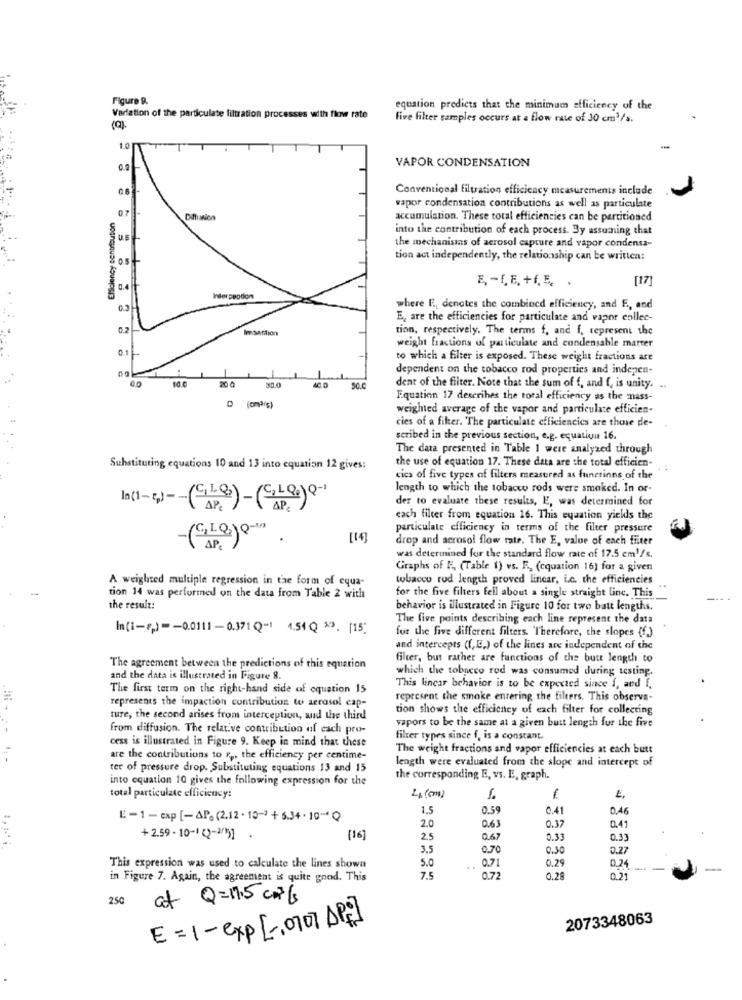
Figure R.
equation predicts that the minimum efficiency of the
Variation of the particulate filtration processes with flow rate
five filter samples occurs at a flow rate of 30 cm3/s.
(0).
1.0
-
VAPOR CONDENSATION
06
Conventional filtration efficiency measurements include
vapor condensation contributions as well as particulate
EMialency contribution
Diffunico
accumulation. These total efficiencies can be partitioned
into the contribution of each process. By assuming that
the mechanisins of aerosol capture and vapor condensa-
tion act independently, the relationship can be written:
E, - f, E, +f,Ę, .
[17]
0.3
where E, denotes the combined efficiency, and F ., and
E, are the efficiencies for particulate and vapor collec-
Imaatdion
tion, respectively. The terms f, and f. represent the
0.1
weight fractions of particulate and condensable marter
to which a filter is exposed. These weight fractions are
dependent on the tobacco rod properties and indepen-
20 0
50.0
dent of the filter. Note that the sum of f, and f, is unity. ..
Equation 17 describes the toral efficiency as the mass-
weighted average of the vapor and particulate efficien-
cies of a filter. The particulate efficiencies are those de-
scribed in the previous section, e.g. equation 16.
The data presented in Table 1 were analyzed through
the use of equation 17. These data are the total efficien-
Substituting equations 10 and 13 into equation 12 gives:
cics of five types of filters measured as functions of the
length to which the tobacco rods were smoked. In or-
In(1-5) -- (Le)
AP. ) -(CLQ) Q-1
der to evaluate these results, E, was determined for
cach filter from equation 16. This equation yields the
particulate efficiency in terms of the filter pressure
[14]
drop and aerosol flow rate. The E, value of each filter
was determined for the standard flow rate of 17.5 cm'/s.
Graphs of F. (Table 1) vs. R ., (cquation 16) for a given
A weighted multiple regression in the form of cqua-
tobacco rod length proved lincar, L.c. the efficiencies
tion 14 was performed on the data from Table 2 with
for the five filters fell about a single straight line. This
the result:
behavior is illustrated in Figure 10 for two batt lengths.
The five points describing each line represent the data
In(i-8,) -- 0.0111-0.371 Q~1 4.51 Q x3. [15;
for the five different filters. Therefore, the slopes (f)
and intercepts ((,E,) of the lines are independent of the
filter, but rather are functions of the butt length to
The agreement between the predictions of this equation
which the tobacco rod was consumed during testing.
and the data is illustrated in Figure 8.
The first term on the right-hand side of equation 15
This linear behavior is to be expected since 1, and f.
represents the impaction contribution to aerosol cap-
represent the smoke entering the filters. This observa-
tion shows the efficiency of each filter for collecting
ture, the second arises from interception, and the third
vapors to be the same at a given butt length for the five
from diffusion. The relative contribution of each pro-
filter types since f, is a constant.
cess is illustrated in Figure 9. Keep in mind that these
The weight fractions and vapor efficiencies at each butt
are the contributions to r ,, the efficiency per centime-
length were evaluated from the slope and intercept of
ter of pressure drop. Substituting equations 13 and 15
into equation 10 gives the following expression for the
the corresponding E, vs. E. graph.
total particulate efficiency:
LA (CM)
1
1.5
0.59
0.41
0,46
E-1-cxp[-AP.(2.12.10-+ 5.34 .10)
2.0
0.37
0.41
+ 2.59 - 10-1 (2-3751
[16]
2.5
0.67
0.33
0.33
3.5
0.70
0.30
0.27
5.0
0.29
This expression was used to calculate the lines shown
..
0.71
0.24
in Figure 7. Again, the agreement is quite good. This
7.5
0.72
0.25
0.21
250
af Q=17.5 cm/s
2073348063
E=1-exp [ -, 0701 AP]